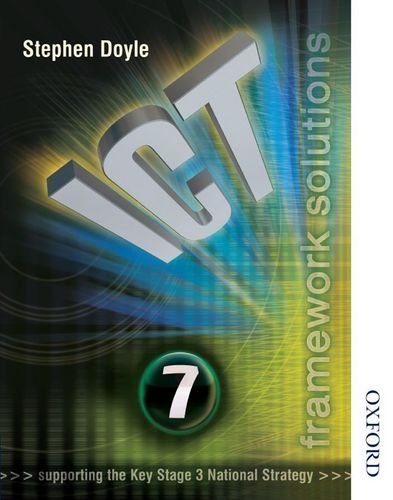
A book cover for Ict Framework Solutions: Year 7 (Ict Framework Solutions S.); Stephen Doyle; Teen & Young Adult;